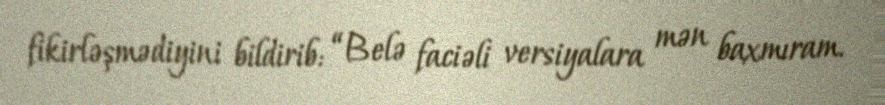
fikirləşmədiyini bildirib: “Belə faciəli versiyalara mən baxmıram.